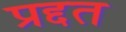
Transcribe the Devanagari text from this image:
प्रद्दत